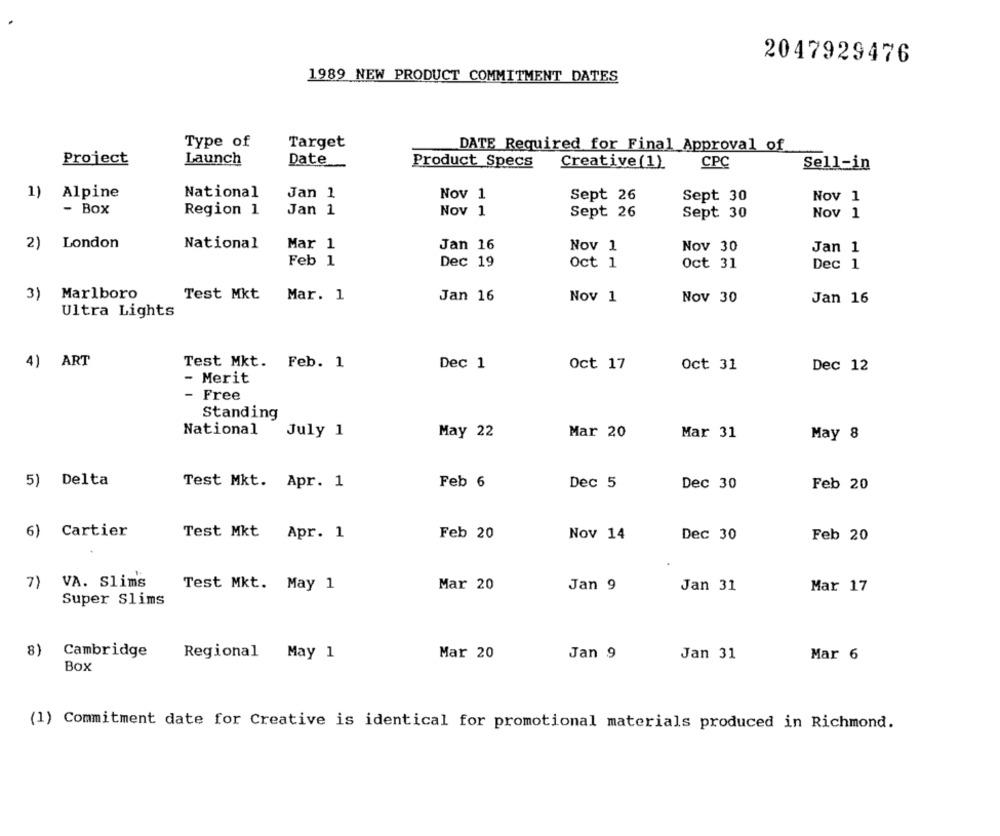
2047929476
1989 NEW PRODUCT COMMITMENT DATES
Target
Type of
DATE Required for Final Approval of
Project
Launch
Date
Product Specs
Creative(1)
CPC
Sell-in
1)
Alpine
National
Jan 1
Nov 1
Sept 26
Sept 30
Nov 1
- Box
Region 1
Jan 1
Nov 1
Sept 26
Sept 30
Nov 1
2)
London
National
Mar 1
Jan 16
Nov 1
Nov 30
Jan 1
Feb 1
Dec 19
Oct 1
Oct 31
Dec 1
3)
Marlboro
Test Mkt
Mar. 1
Jan 16
Nov 1
Nov 30
Jan 16
Ultra Lights
4) ART
Test Mkt. Feb. 1
Dec 1
Oct 17
Oct 31
Dec 12
- Merit
Free
Standing
National
July 1
May 22
Mar 20
Mar 31
May 8
5) Delta
Test Mkt. Apr. 1
Feb 6
Dec 5
Dec 30
Feb 20
6) Cartier
Test Mkt Apr. 1
Feb 20
Dec 30
Nov 14
Feb 20
7) VA. Slims
Test Mkt. May 1
Mar 20
Jan 9
Jan 31
Mar 17
Super Slims
8)
Cambridge
Regional May 1
Mar 20
Jan 9
Jan 31
Mar 6
Box
(1) Commitment date for Creative is identical for promotional materials produced in Richmond.